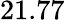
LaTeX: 21.77